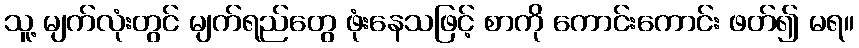
သူ့ မျက်လုံးတွင် မျက်ရည်တွေ ဖုံးနေသဖြင့် စာကို ကောင်းကောင်း ဖတ်၍ မရ။